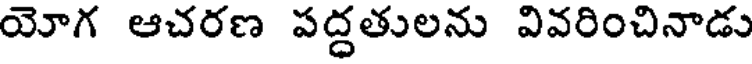
యోగ ఆచరణ పద్ధతులను వివరించినాడు